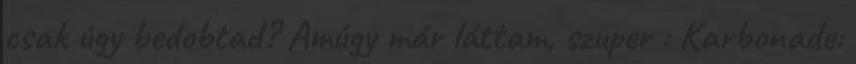
csak úgy bedobtad? Amúgy már láttam, szuper : Karbonade: